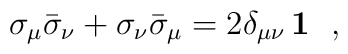
\sigma_\mu\bar\sigma_\nu + \sigma_\nu\bar\sigma_\mu =2\delta_{\mu\nu}\,\mathbf{1}~~,